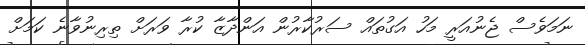
ނަމަވެސް ޖެނުއަރީ މަހު އަގުތައް ސަރުކާރުން އަންދާޒާ ކުރާ ވަރަށް ތިރިނުވާނެ ކަމަށް